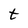
Character: t